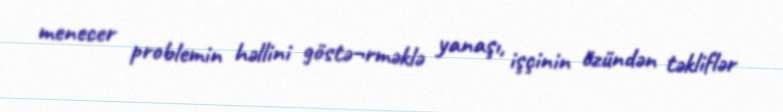
menecer problemin həllini göstə¬rməklə yanaşı, işçinin özündən təkliflər